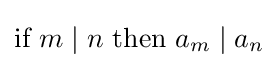
{\text{if }}m\mid n{\text{ then }}a_{m}\mid a_{n}